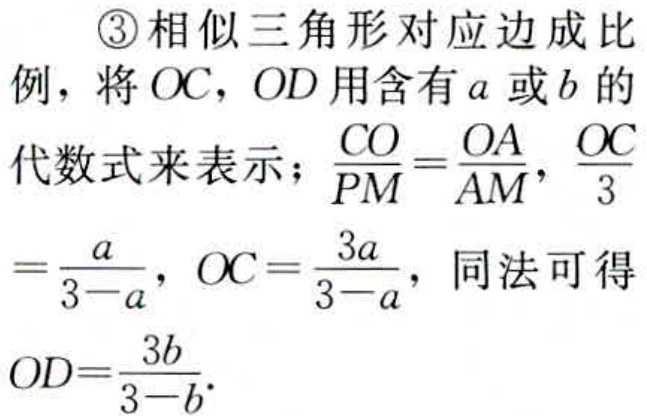
\textcircled{3}相似三角形对应边成比例，将\(OC\)，\(OD\)用含有\(a\)或\(b\)的代数式来表示；\(\frac{CO}{PM}=\frac{OA}{AM}\)，\(\frac{OC}{3}=\frac{a}{3 - a}\)，\(OC = \frac{3a}{3 - a}\)，同法可得\(OD=\frac{3b}{3 - b}\)。